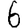
Digit: 6